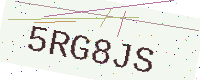
Text: 5RG8JS